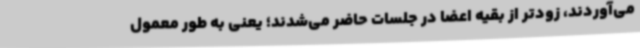
می‌آوردند، زودتر از بقیه اعضا در جلسات حاضر می‌شدند؛ یعنی به طور معمول